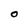
Character: O